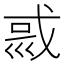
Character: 𡿿